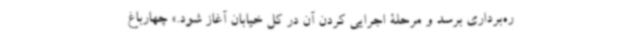
ره‌برداری برسد و مرحلۀ اجرایی کردن آن در کل خیابان آغاز شود.» چهارباغ